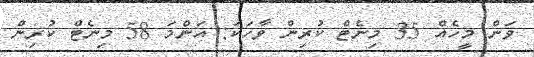
ވަން މީހެއް 35 މިނެޓް ކުރިން ވާހަކަ: އަންމަ 58 މިނެޓް ކުރިން